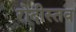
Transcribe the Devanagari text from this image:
रोदीस्तव